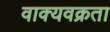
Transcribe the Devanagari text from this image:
वाक्यवक्रता